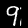
Label: 9